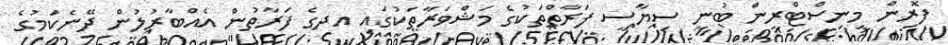
ފޮރިން މިނިސްޓްރީން ބުނީ ސިޔާސީ ފަރާތްތަކުގެ މަޝްވަރާތަކުގައި އދގެ ފަރާތުން އެއްބާރުލުން ދޭނެކަމުގެ